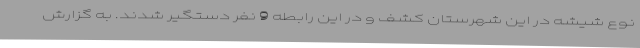
نوع شیشه در این شهرستان کشف و در این رابطه 9 نفر دستگیر شدند. به گزارش